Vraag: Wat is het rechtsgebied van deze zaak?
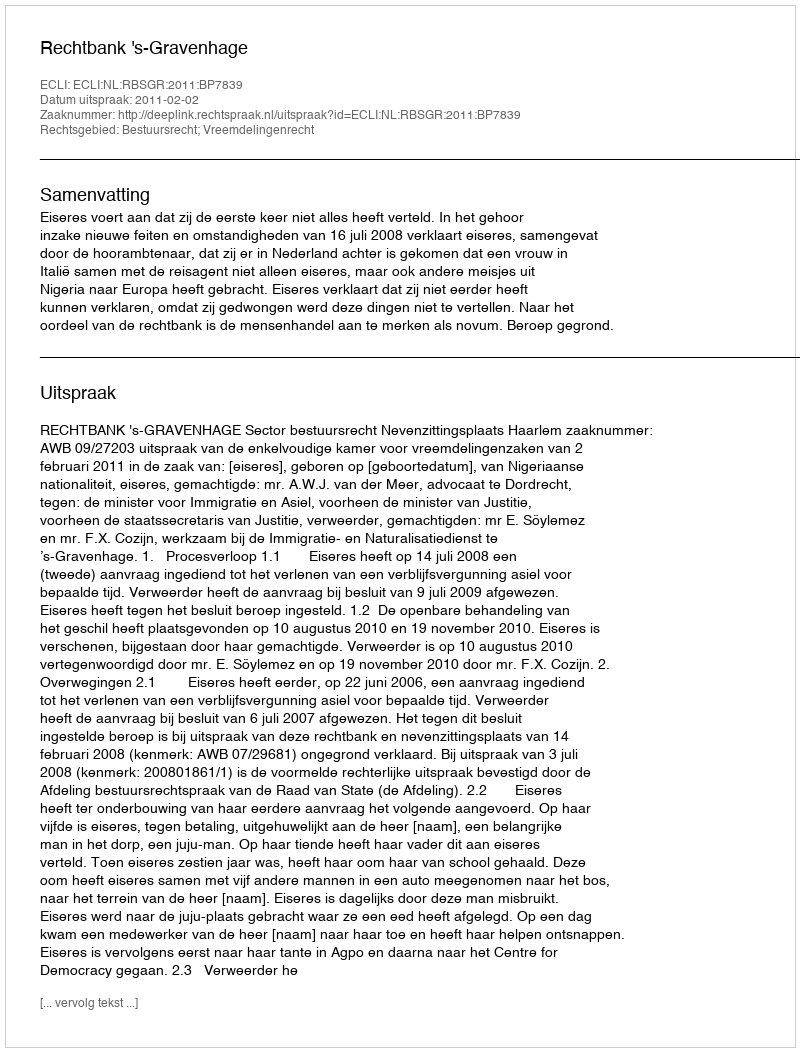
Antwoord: Bestuursrecht; Vreemdelingenrecht